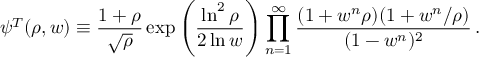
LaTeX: \psi ^ { T } ( \rho , w ) \equiv { \frac { 1 + \rho } { \sqrt \rho } } \exp \left( { \frac { \ln ^ { 2 } \rho } { 2 \ln w } } \right) \prod _ { n = 1 } ^ { \infty } { \frac { ( 1 + w ^ { n } \rho ) ( 1 + w ^ { n } / \rho ) } { ( 1 - w ^ { n } ) ^ { 2 } } } \, .